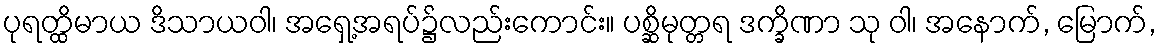
ပုရတ္ထိမာယ ဒိသာယဝါ၊ အရှေ့အရပ်၌လည်းကောင်း။ ပစ္ဆိမုတ္တရ ဒက္ခိဏာ သု ဝါ၊ အနောက်, မြောက်,